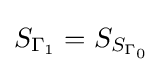
S_{\Gamma _{1}}=S_{S_{\Gamma _{0}}}